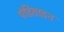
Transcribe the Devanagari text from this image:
पंडिताइन